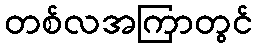
တစ်လအကြာတွင်